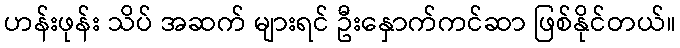
ဟန်းဖုန်း သိပ် အဆက် များရင် ဦးနှောက်ကင်ဆာ ဖြစ်နိုင်တယ်။